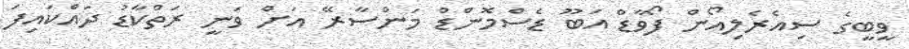
ވީބީގެ ސިއެރެލިއޯން ފޯވާޑް އަބޫ ޑެސްމޮންޑް މަންސާރޭ އަށް ވަނީ ރަތްކާޑު ދައްކައިފަ